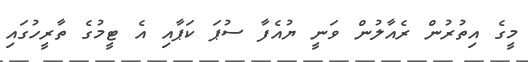
މީގެ އިތުރުން ރެއާލުން ވަނީ ޔުއެފާ ސުޕަ ކަޕާއި އެ ޓީމުގެ ތާރީހުގައި